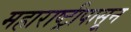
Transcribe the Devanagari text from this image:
महाराष्ट्रीपासून